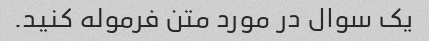
یک سوال در مورد متن فرموله کنید.